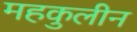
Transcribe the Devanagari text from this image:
महकुलीन